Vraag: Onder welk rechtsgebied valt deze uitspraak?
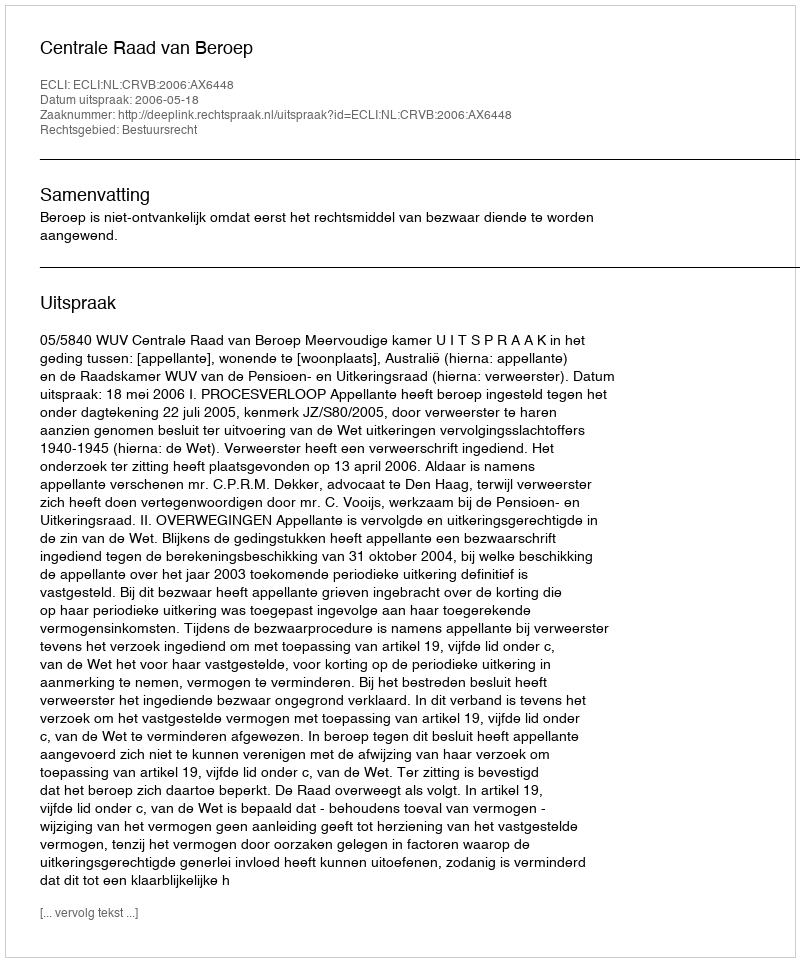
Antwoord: Bestuursrecht